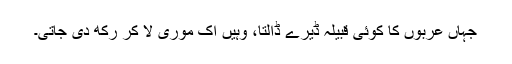
جہاں عربوں کا کوئی قبیلہ ڈیرے ڈالتا، وہیں اک موری لا کر رکھ دی جاتی۔